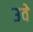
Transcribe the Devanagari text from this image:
उवे